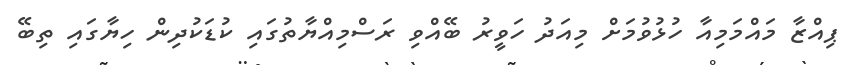
ޕިއްޒާ މައްމަމިއާ ހުޅުވުމަށް މިއަދު ހަވީރު ބޭއްވި ރަސްމިއްޔާތުގައި ކުޑަކުދިން ހިޔާގައި ތިބޭ